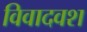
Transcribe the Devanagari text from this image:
विवादवश